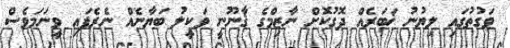
ވަގުތުގައި ލިޔުނު ޚަބަރެއް ދޮގުކޮށް ނާޒިމްގެ ޤާނޫނީ ވަކީލު ބަޔާނެއް ނެރެފައި ވީނަމަވެސް